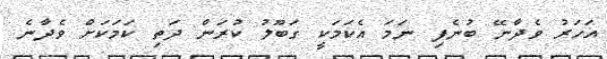
އަހަރު ވެދާނޭ ބުނެފި ނަމަ އެކަމަކީ ގަބޫލު ކުރަން ދަތި ކަމަކަށް ވެދާނެ